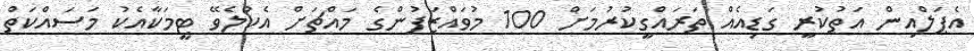
އެޕަލްއިން އަތުކުރީ ގަޑިއެއް ތަރައްގީކުރުމަށް 100 މުވައްޒަފުންގެ މައްޗަށް އެކުލެވޭ ޓީމަކާއެކު މަސައްކަތް